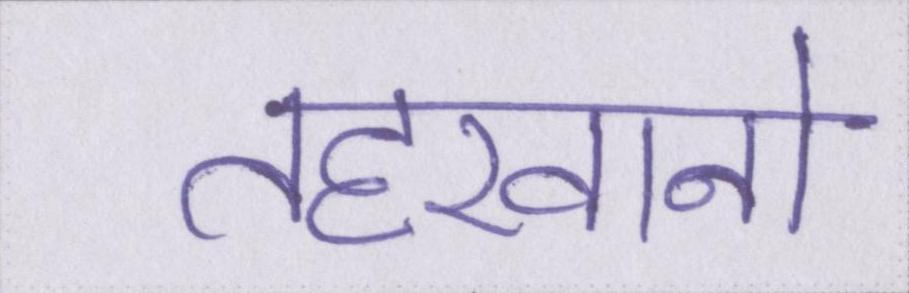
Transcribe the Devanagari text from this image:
तहखानो